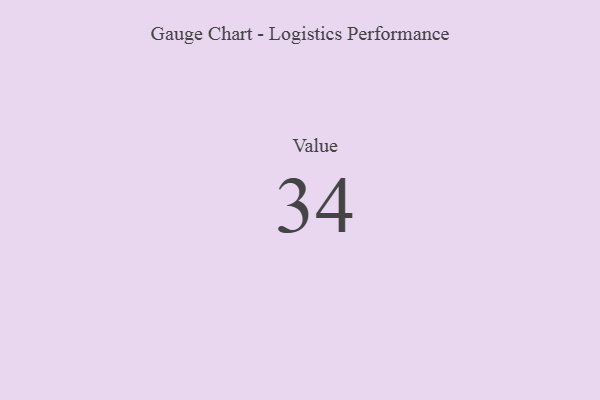
{"axis": {"x": "Metric", "y": "Value"}, "legend": [""], "data": [{"x": "Value", "y": 34, "type": ""}]}